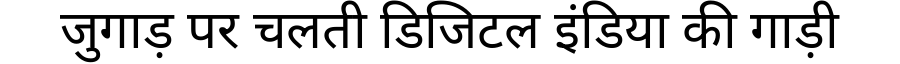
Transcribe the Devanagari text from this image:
जुगाड़ पर चलती डिजिटल इंडिया की गाड़ी